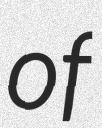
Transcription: of